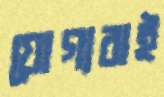
যোগ্যরাই